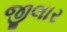
જીલાર